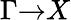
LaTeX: \Gamma{\to}X